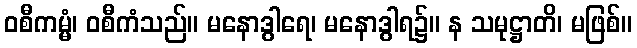
ဝစီကမ္မံ၊ ဝစီကံသည်။ မနောဒွါရေ၊ မနောဒွါရ၌။ န သမုဋ္ဌာတိ၊ မဖြစ်။